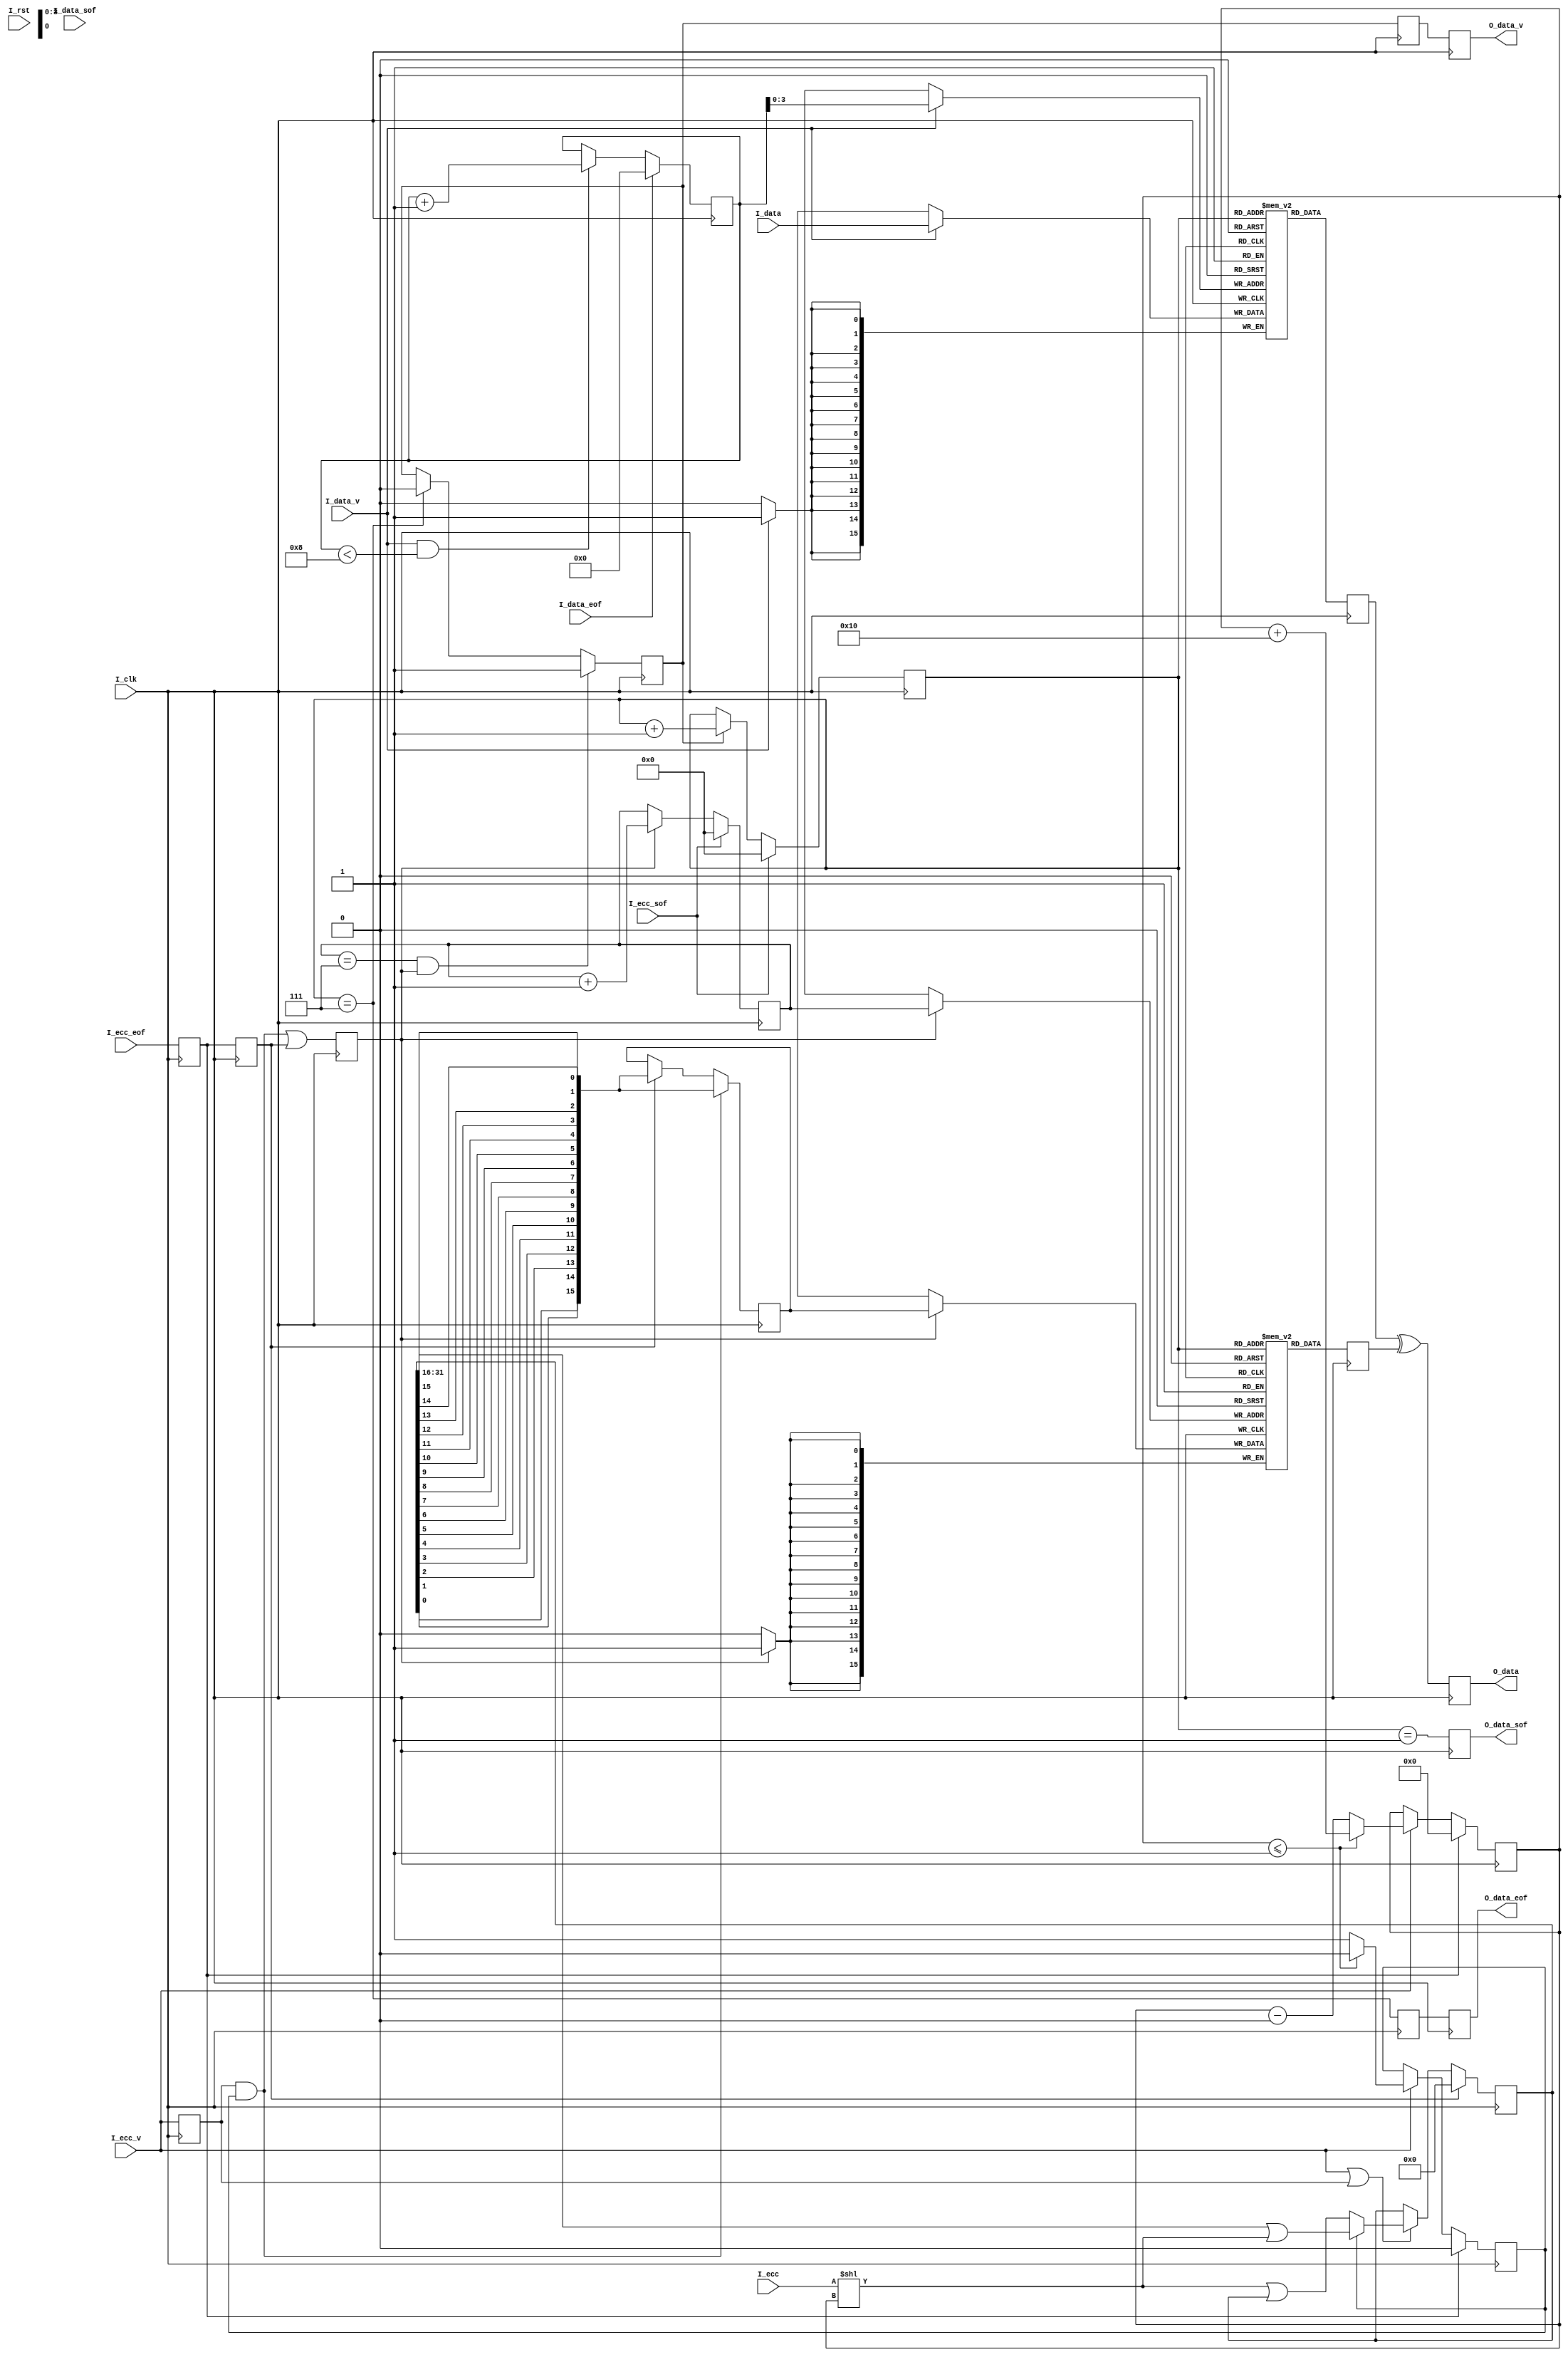
///-----------------------------------------
///introduce:
///bch correct in decoder
///record:
///2015.3.15    initial
///-----------------------------------------
`timescale 1ns/100ps
module test_correct
#(
parameter C_INPUT_NUM = 128,          //length of input bit 
parameter C_DWIDTH = 16,              //input data width
parameter C_ECCWIDTH = 16             //check data width
)
(
input                     I_clk        ,
input                     I_rst        ,
input [C_DWIDTH-1:0]      I_data       ,  //input data
input                     I_data_sof   ,  //input data frame start
input                     I_data_eof   ,  //input data frame end
input                     I_data_v     ,  //input data available
input [C_ECCWIDTH-1:0]    I_ecc        ,  //check data
input                     I_ecc_v      ,  //check data available
input                     I_ecc_sof    ,  //check data frame start
input                     I_ecc_eof    ,  //check data frame end
output reg [C_DWIDTH-1:0] O_data       ,  //corrected data
output reg                O_data_v     ,  //corrected data available
output reg                O_data_sof   ,  //corrected data frame start
output reg                O_data_eof      //corrected data frame end
);

//----------------------------------------
//parameter and variable
//----------------------------------------
localparam C_OVERFLOW_THRESHOLD = C_DWIDTH-C_ECCWIDTH+1;
localparam C_DIF = C_DWIDTH - C_ECCWIDTH;
localparam C_SLR_CNT_WIDTH = GETASIZE(C_DWIDTH)+1;
localparam C_CHIP_NUM = C_INPUT_NUM/C_DWIDTH;
localparam C_CHIP_NUM_WIDTH = GETASIZE(C_CHIP_NUM);

reg [2*C_DWIDTH-1:0] S_data_slr = 0;
reg [C_SLR_CNT_WIDTH-1:0] S_slr_cnt = 0;
reg S_ov_id = 0;
reg [C_DWIDTH-1:0] S_data_tran = 0;
reg S_ecc_eof = 0;
reg S_ecc_eof_d = 0;
reg S_ecc_v = 0;
reg [C_ECCWIDTH-1:0] S_ecc = 0;
reg S_data_tran_v = 0;
reg [C_DWIDTH-1:0] S_ecc_ram [2**C_CHIP_NUM_WIDTH-1:0];
reg [C_DWIDTH-1:0] S_data_ram [2**C_CHIP_NUM_WIDTH-1:0];
reg [C_CHIP_NUM_WIDTH-1:0] S_ecc_waddr = 0;
reg [C_CHIP_NUM_WIDTH:0] S_data_waddr = 0;
reg [C_CHIP_NUM_WIDTH-1:0] S_ecc_raddr = 0;
reg S_ecc_r = 0;
reg [C_DWIDTH-1:0] S_ecc_dout;
reg [C_DWIDTH-1:0] S_dataout;
reg S_ecc_r_d = 0;
reg S_data_eof = 0; 
//-------------------------------------------
//function
//-------------------------------------------
//width calculation
function integer GETASIZE;
input integer a;
integer i;
begin
    for(i=1;(2**i)<=a;i=i+1)
      begin
      end
    GETASIZE = i;
end
endfunction

//big endian change to little endian
function [C_DWIDTH-1:0] F_data_inv;
input [C_DWIDTH-1:0] S_datain;
integer i;
begin
    for(i=0;i<C_DWIDTH;i=i+1)
		F_data_inv[i] = S_datain[C_DWIDTH-1-i];
end
endfunction

//-----------------------------------------
//check data alignment
//-----------------------------------------
always @(posedge I_clk)
begin
    S_ecc_eof <= I_ecc_eof;
	S_ecc_eof_d <= S_ecc_eof;
	S_ecc_v <= I_ecc_v;
	S_ecc <= I_ecc;
end

always @(posedge I_clk)
begin
    if(S_ecc_eof)
	begin
		S_slr_cnt <= 'd0;
		S_ov_id <= 1'b0;
	end
	else if(I_ecc_v)
	begin
		if(S_slr_cnt <= C_OVERFLOW_THRESHOLD)
		begin
    		S_slr_cnt <= S_slr_cnt + C_ECCWIDTH;
			S_ov_id <= 1'b0;
		end
		else
		begin
		    S_slr_cnt <= S_slr_cnt - C_DIF;
			S_ov_id <= 1'b1;
		end
	end		
end

always @(posedge I_clk)
begin
    if(S_ecc_eof_d)
	    S_data_slr <= 'd0;
	else if(I_ecc_v || S_ecc_v)
	begin
	    if(!S_ov_id)
			S_data_slr <= (I_ecc<<S_slr_cnt) | S_data_slr;
		else
		    S_data_slr <= (S_data_slr>>C_DWIDTH) | (I_ecc<<S_slr_cnt);
	end
end

always @(posedge I_clk)
begin
    if(S_ecc_v && S_ov_id)
	    S_data_tran <= F_data_inv(S_data_slr[0+:C_DWIDTH]);
	else if(S_ecc_eof_d)
	    S_data_tran <= F_data_inv(S_data_slr[0+:C_DWIDTH]);
end

always @(posedge I_clk)
begin
    S_data_tran_v <= (S_ecc_v && S_ov_id) || S_ecc_eof_d;
end

//--------------------------------------------------
//original data save
//--------------------------------------------------
always @(posedge I_clk)
begin
    if(I_data_v)
	    S_data_ram[S_data_waddr[C_CHIP_NUM_WIDTH-1:0]] <= I_data;
	S_dataout <= S_data_ram[S_ecc_raddr];
	if(I_data_eof)
	    S_data_waddr <= 'd0;
	else if(I_data_v && (S_data_waddr<C_CHIP_NUM))
	    S_data_waddr <= S_data_waddr + 'd1;
end

always @(posedge I_clk)
begin
    if(S_data_tran_v)
	    S_ecc_ram[S_ecc_waddr] <= S_data_tran;
	S_ecc_dout <= S_ecc_ram[S_ecc_raddr];
	if(I_ecc_sof)
	    S_ecc_waddr <= 'd0;
	else if(S_data_tran_v)
	    S_ecc_waddr <= S_ecc_waddr + 'd1;    
end

always @(posedge I_clk)
begin
    if(S_ecc_waddr == C_CHIP_NUM-1 && S_data_tran_v)
	    S_ecc_r <= 1'b1;
	else if(S_ecc_raddr == C_CHIP_NUM-1)
	    S_ecc_r <= 1'b0;
	S_ecc_r_d <= S_ecc_r;
end

always @(posedge I_clk)
begin
    if(I_ecc_sof)
	    S_ecc_raddr <= 'd0;
	else if(S_ecc_r)
	    S_ecc_raddr <= S_ecc_raddr + 'd1;
end

//---------------------------------------
//correct
//---------------------------------------
always @(posedge I_clk)
begin
    O_data_sof <= S_ecc_raddr == 'd1;
	S_data_eof <= S_ecc_raddr == C_CHIP_NUM-1;
	O_data_eof <= S_data_eof;
end

always @(posedge I_clk)
begin
    O_data <= S_dataout ^ S_ecc_dout;
	O_data_v <= S_ecc_r_d;
end

endmodule